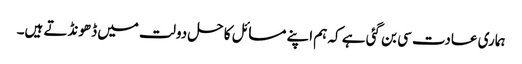
ہماری عادت سی بن گئی ہے کہ ہم اپنے مسائل کا حل دولت میں ڈھونڈتے ہیں۔